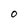
Character: O